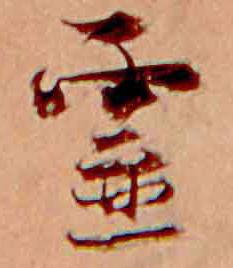
霊